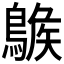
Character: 𪂷